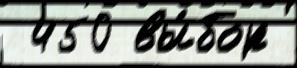
 450 вы́бор